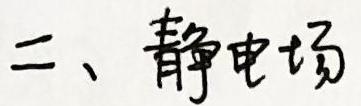
二、静电场